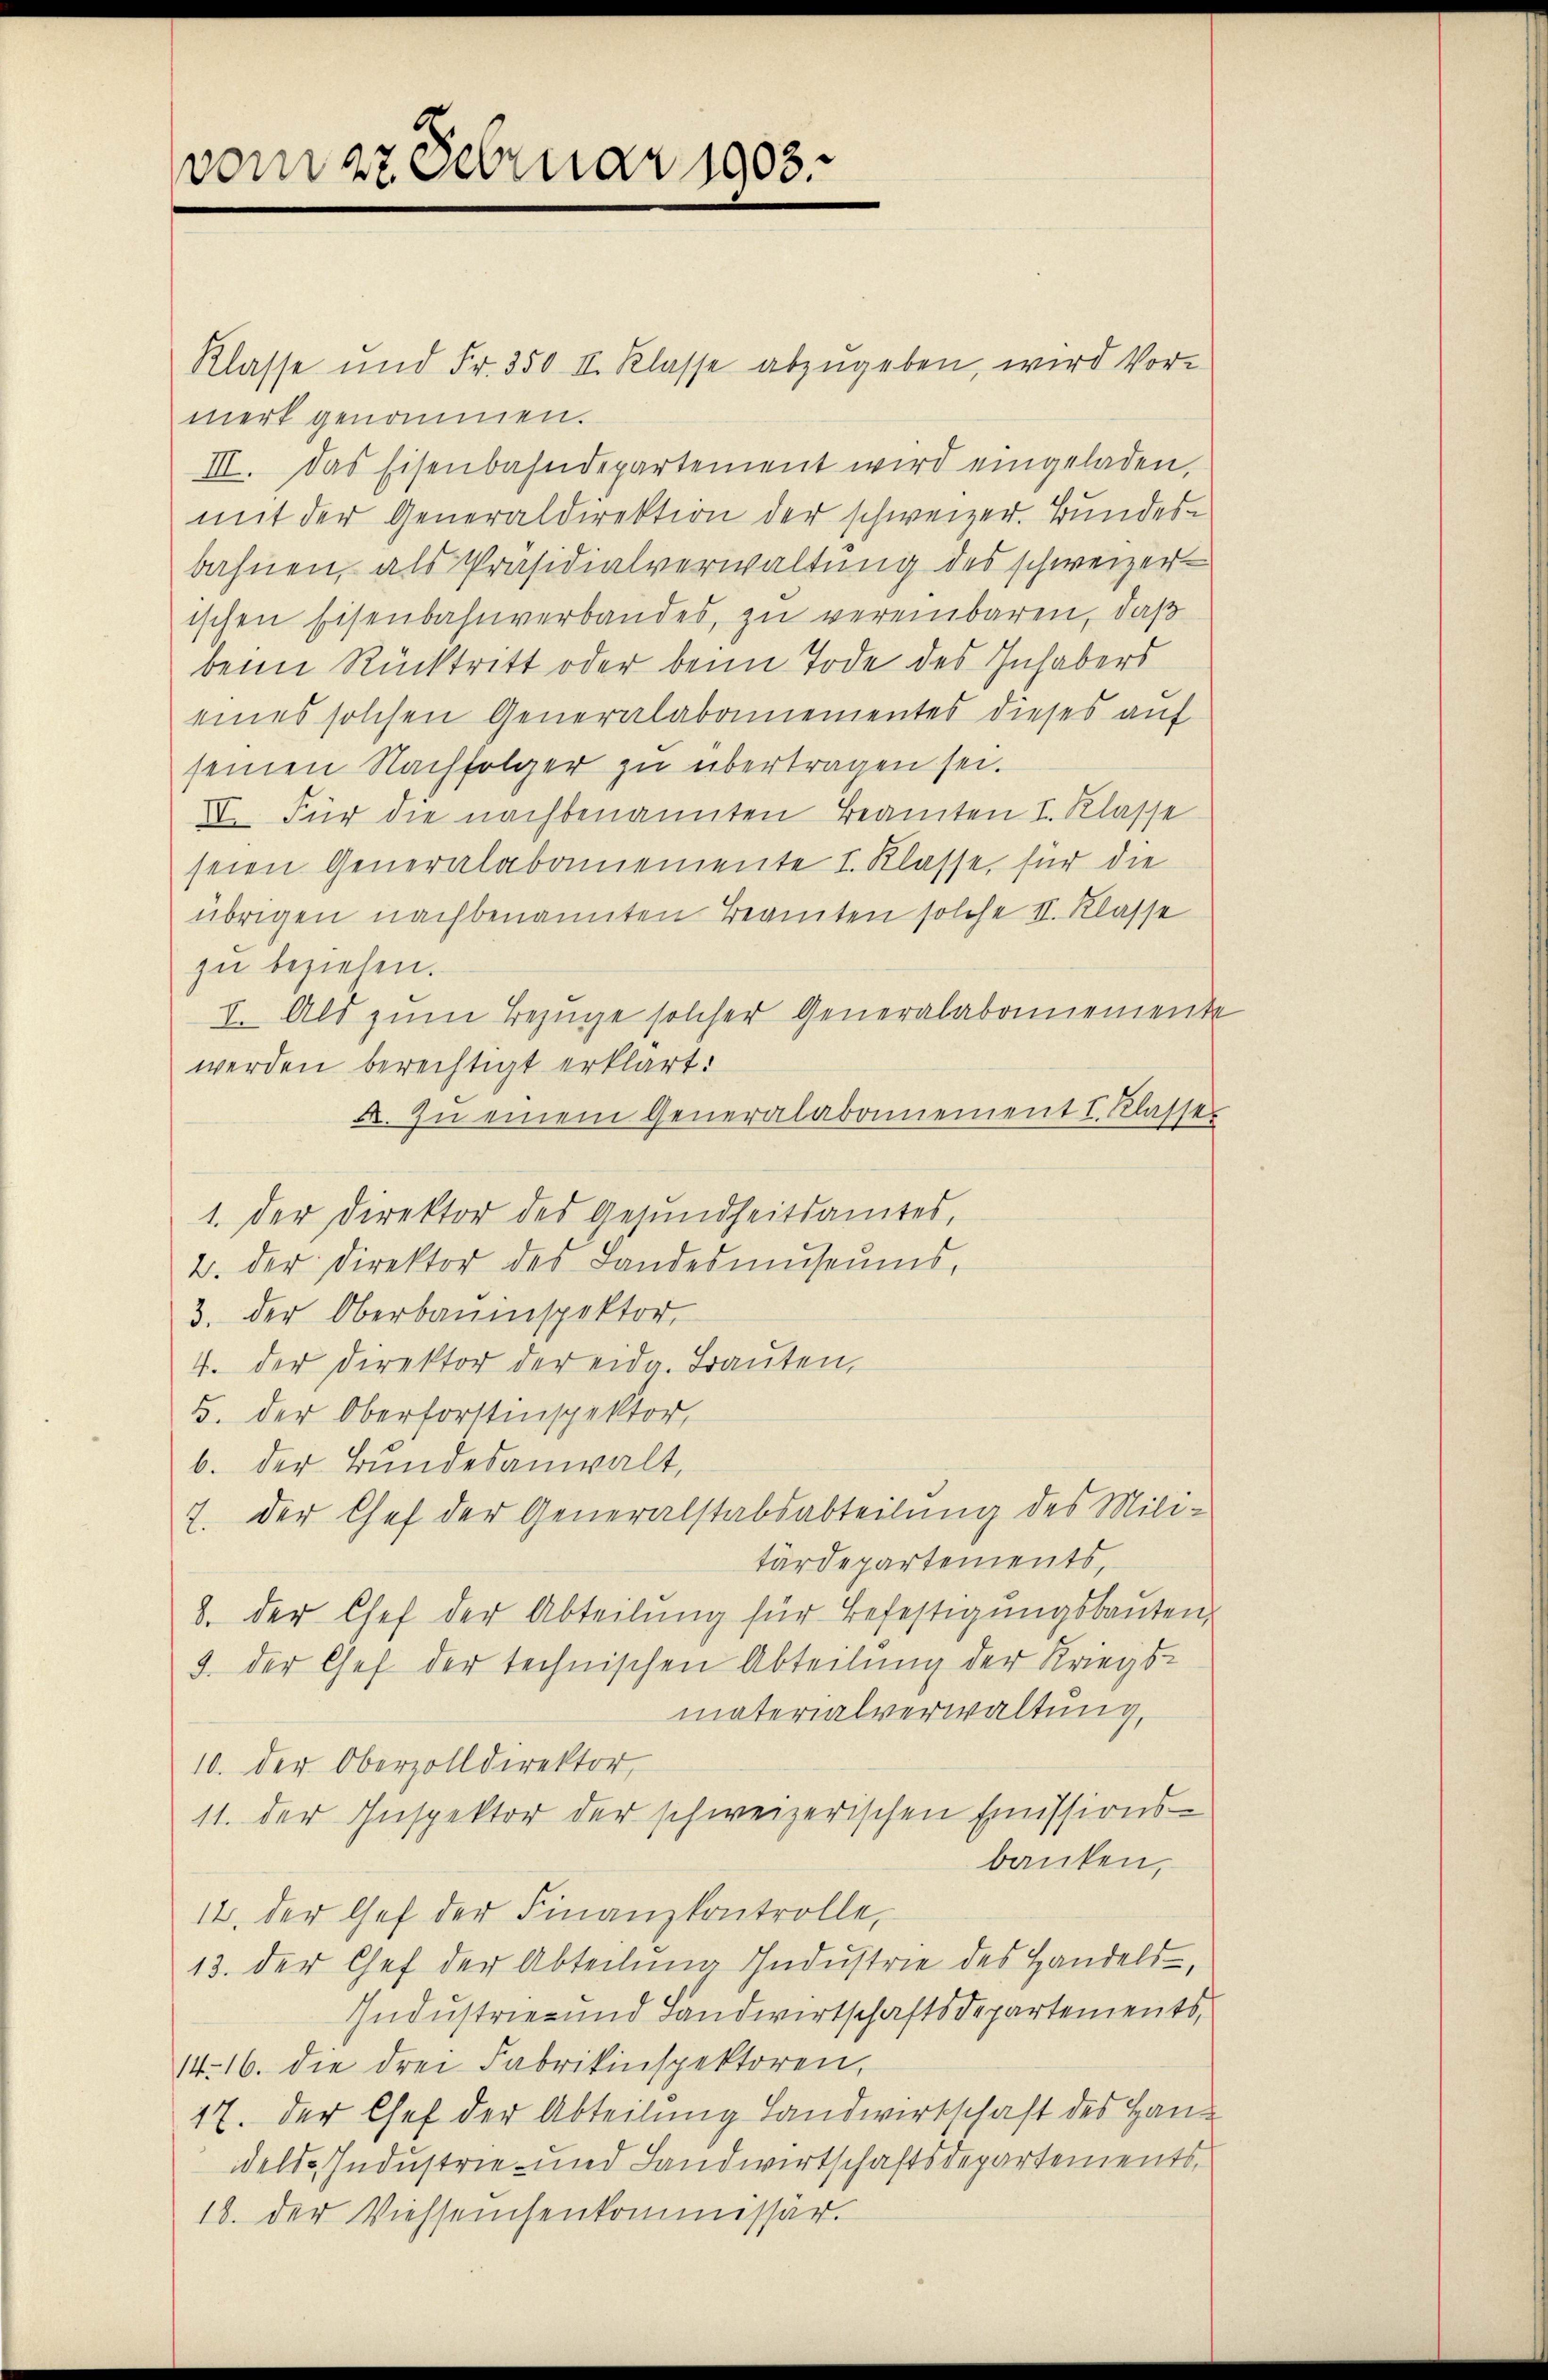
vom 22 Februar 1903.

Klasse und Fr. 350 II. Klasse abzugeben, wird Vor-
merk genommen.
III. Das Eisenbahndepartement wird eingeladen,
mit der Generaldirektion der schweizer. Bundesbahnen, als Präsidialverwaltung des schweizer-
ischen Eisenbahnverbandes, zu vereinbaren, daß
beim Rücktritt oder beim Tode des Inhabers
eines solchen Generalabamementes dieses auf
seinen Nachfolger zu übertragen sei.
VI. Für die nachbenannten Beamten I. Klasse
seien Generalabamemente I. Klasse, für die
übrigen nachbenannten Beamten solche II. Klasse
zu beziehen.
I. Als zum Bezüge solcher Generalabonnemente
werden berechtigt erklärt:
A. In einem Generalabamement I. Klasser
1. der Direktor des Gesŭndheitsamtes,
2. der Direktor des Landesmŭseŭms,
3. der Oberbauinspektor
4. der Direktor der eidg. Trauten,
B. der Oberforstinspektor,
b. der Bundesanwalt,
7. Der Chef der Generalstabsabteilung des Militärdepartements,
8. der Chef der Abteilung für Befestigungsbauten,
3. der Chef der technischen Abteilung der Kriegsmaterialverwaltung,
10. der Oberzolldirektor,
11. der Inspektor der schweizerischen Emissions-
banken,
12. der Chef der Finanzkontrolle,
13. der Chef der Abteilung Industrie des Handels,
Industrie- und Landwirtschaftsdepartements,
14. 16. die drei Fabrikinspektoren,
17. der Chef der Abteilung Landwirtschaft des Hand
delde Industrie und Landwirtschaftsdepartements,
18. der Viehseuchenkommissär.

n